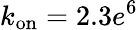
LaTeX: k_{\textrm{on}}=2.3e^{6}